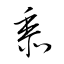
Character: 黍